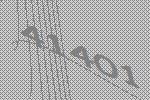
41401